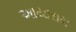
આયારામ